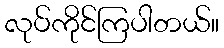
လုပ်ကိုင်ကြပါတယ်။